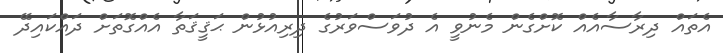
އެތައް ދިރާސާއެއް ކޮށްގެން މެނުވީ އެ ދުވަސްވަރުގެ ދިރިއުޅުން ޙަޤީޤަތާ އެއްގޮތަށް ދައްކައިދޭ